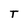
Character: T